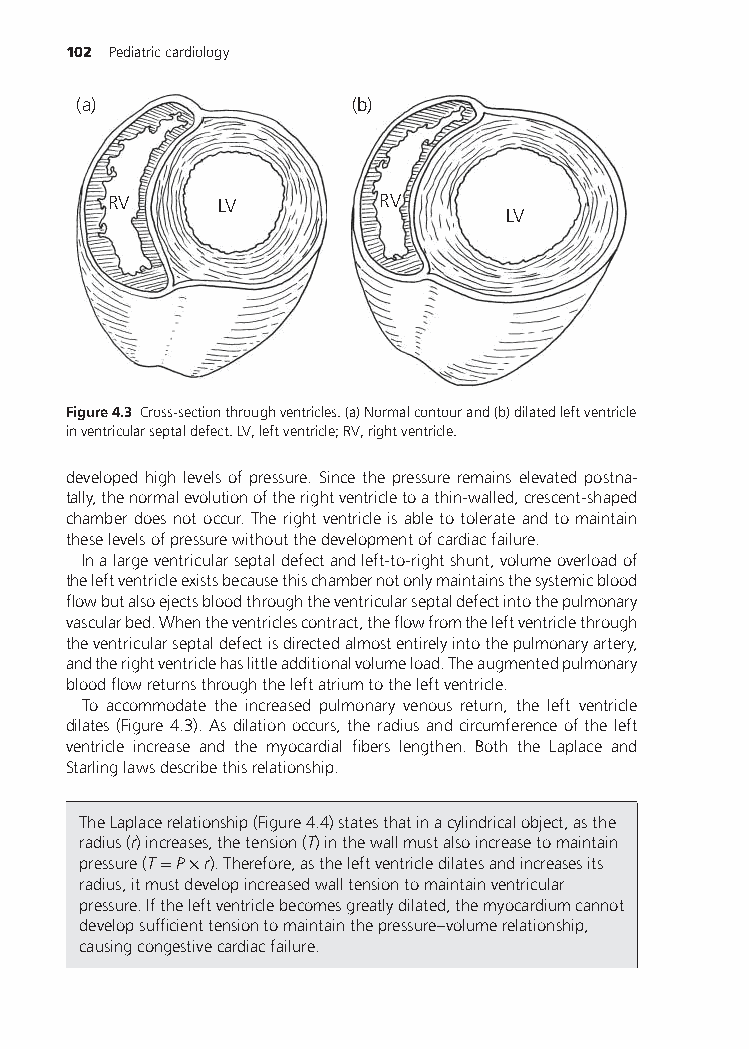
102 Pediatriccardiology
 (a)                (b)
 RV     LV         RV
 LV
 Figure4.3 Cross-sectionthroughventricles.(a)Normalcontourand(b)dilatedleftventricle
 inventricularseptaldefect.LV,leftventricle;RV,rightventricle.
 developed high levels of pressure. Since the pressure remains elevated postna-
 tally,thenormalevolutionoftherightventricletoathin-walled,crescent-shaped
 chamberdoesnotoccur.Therightventricleisabletotolerateandtomaintain
 theselevelsofpressurewithoutthedevelopmentofcardiacfailure.
 Inalargeventricularseptaldefectandleft-to-rightshunt,volumeoverloadof
 theleftventricleexistsbecausethischambernotonlymaintainsthesystemicblood
 flowbutalsoejectsbloodthroughtheventricularseptaldefectintothepulmonary
 vascularbed.Whentheventriclescontract,theflowfromtheleftventriclethrough
 theventricularseptaldefectisdirectedalmostentirelyintothepulmonaryartery,
 andtherightventriclehaslittleadditionalvolumeload.Theaugmentedpulmonary
 bloodflowreturnsthroughtheleftatriumtotheleftventricle.
 To accommodate the increased pulmonary venous return, the left ventricle
 dilates(Figure4.3).Asdilationoccurs,theradiusandcircumferenceoftheleft
 ventricle increase and the myocardial fibers lengthen. Both the Laplace and
 Starlinglawsdescribethisrelationship.
 TheLaplacerelationship(Figure4.4)statesthatinacylindricalobject,asthe
 radius(r)increases,thetension(T)inthewallmustalsoincreasetomaintain
 pressure(T=P×r).Therefore,astheleftventricledilatesandincreasesits
 radius,itmustdevelopincreasedwalltensiontomaintainventricular
 pressure.Iftheleftventriclebecomesgreatlydilated,themyocardiumcannot
 developsufficienttensiontomaintainthepressure–volumerelationship,
 causingcongestivecardiacfailure.